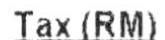
TAX(RM)